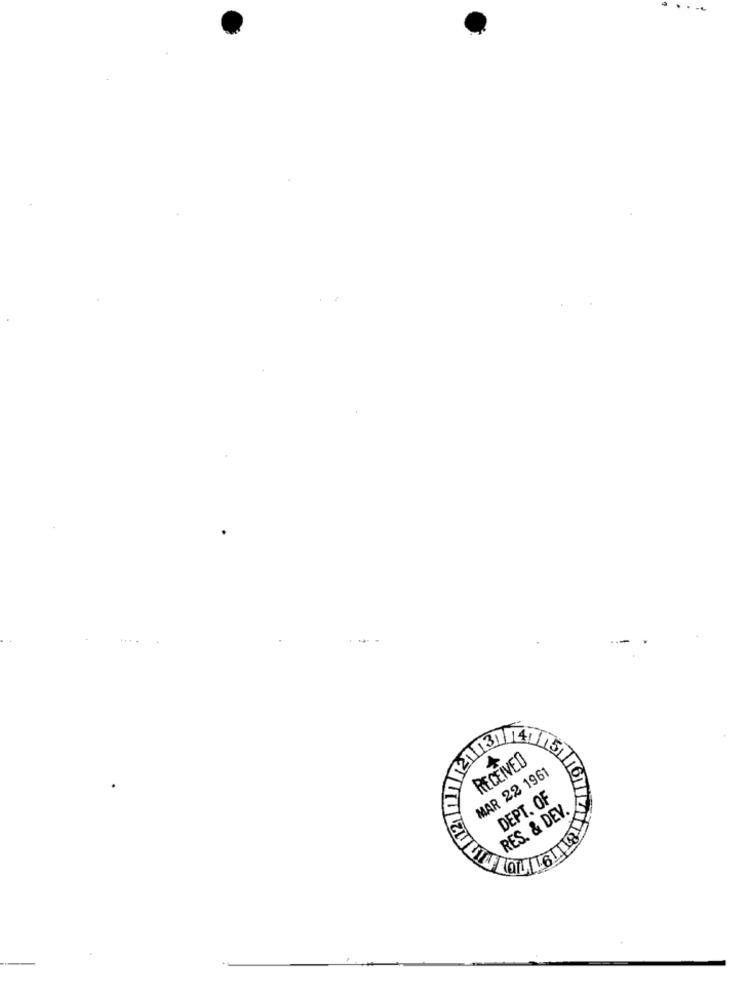
RECEIVED
MAR 22 1961
DEPT. OF
RES. & DEV.